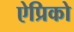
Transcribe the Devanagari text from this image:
ऐप्रिको